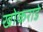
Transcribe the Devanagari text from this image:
खोकराडे